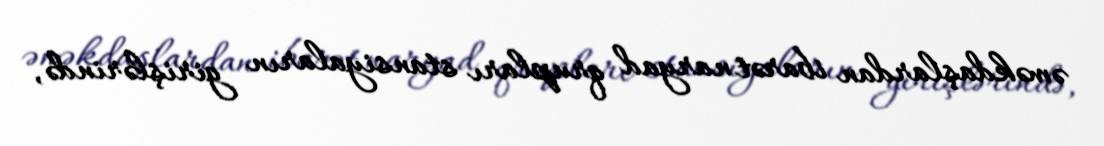
əməkdaşlardan ibarət naryad qrupları stansiyaların girişlərində,